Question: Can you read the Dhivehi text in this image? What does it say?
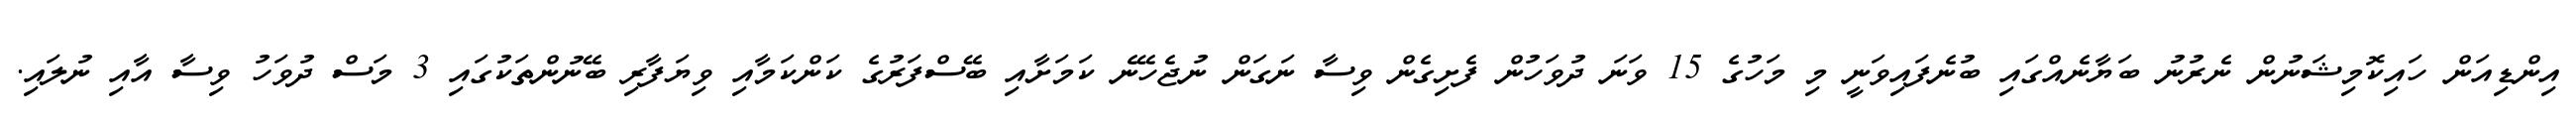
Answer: އިންޑިއަން ހައިކޮމިޝަނުން ނެރުނު ބަޔާނެއްގައި ބުނެފައިވަނީ މި މަހުގެ 15 ވަނަ ދުވަހުން ފެށިގެން ވިސާ ނަގަން ނުޖެހޭނެ ކަމަށާއި ބޭސްފަރުގެ ކަންކަމާއި ވިޔަފާރި ބޭނުންތަކުގައި 3 މަސް ދުވަހު ވިސާ އާއި ނުލައި.